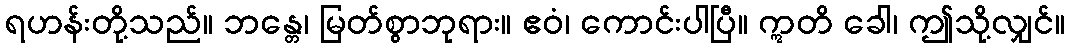
ရဟန်းတို့သည်။ ဘန္တေ၊ မြတ်စွာဘုရား။ ဧဝံ၊ ကောင်းပါပြီ။ ဣတိ ခေါ၊ ဤသို့လျှင်။